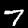
Digit: 7